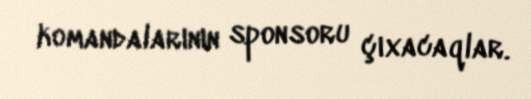
komandalarının sponsoru çıxacaqlar.